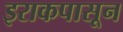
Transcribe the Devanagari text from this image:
इराकपासून